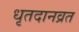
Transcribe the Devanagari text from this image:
धृतदानव्रत